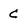
Character: c